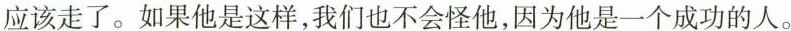
应该走了。如果他是这样，我们也不会怪他，因为他是一个成功的人。